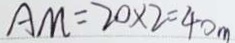
A M = 2 0 \times 2 = 4 0 m